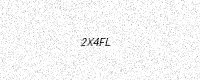
Text: 2X4FL